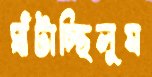
ঘাঁটাচ্ছিলুম